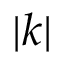
| k |